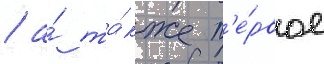
/ а́ та́кже п'е́рвое